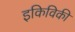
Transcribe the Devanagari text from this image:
इकिविकी